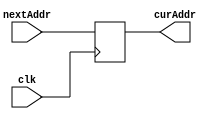
module PC(
    input clk,
    input[29:0] nextAddr,
    output reg[29:0] curAddr
);
    // initial begin
    //     curAddr <= 0;
    // end
    always @(posedge clk) begin
        curAddr = nextAddr;
    end
endmodule